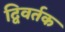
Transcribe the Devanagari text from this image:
द्विवर्तक